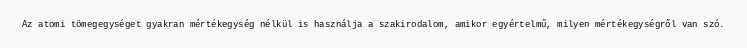
Az atomi tömegegységet gyakran mértékegység nélkül is használja a szakirodalom, amikor egyértelmű, milyen mértékegységről van szó.